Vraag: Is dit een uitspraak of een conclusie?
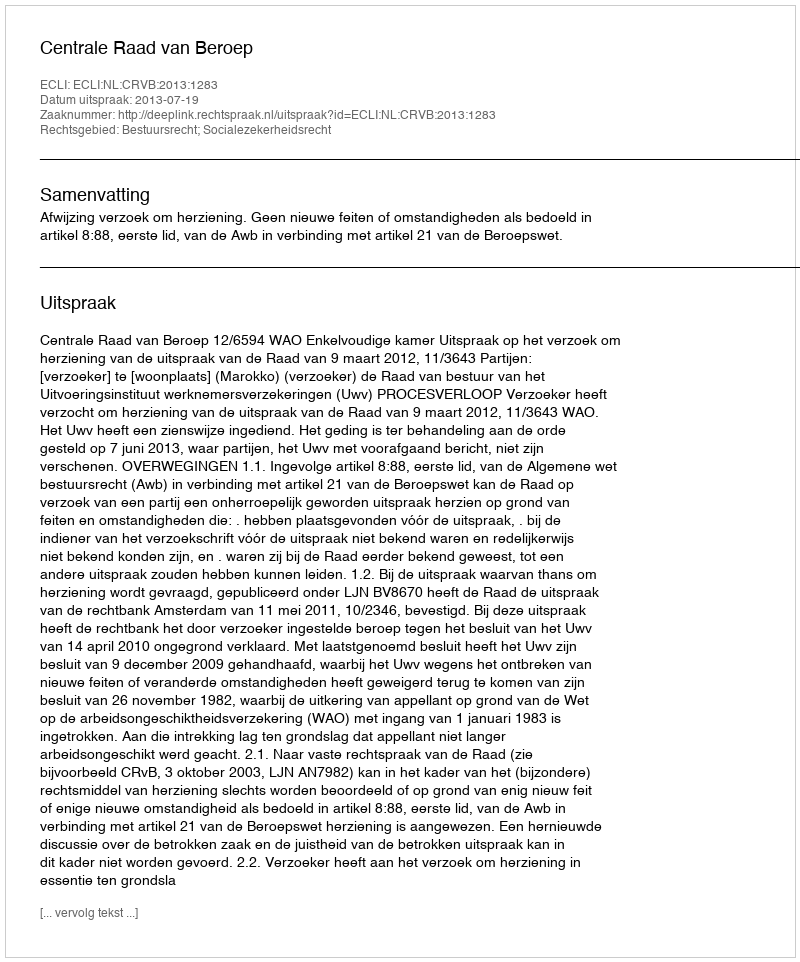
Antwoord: Uitspraak